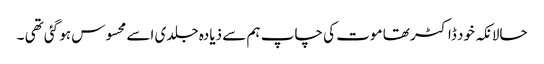
حالانکہ خود ڈاکٹر تھا موت کی چاپ ہم سے ذیادہ جلدی اسے محسوس ہو گئی تھی ۔